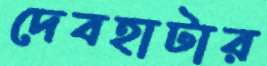
দেবহাটার